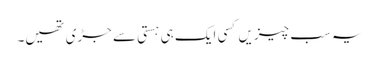
یہ سب چیزیں کسی ایک ہی ہستی سے جڑی تھیں۔